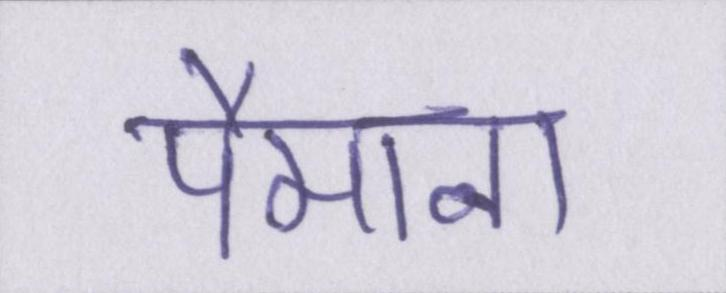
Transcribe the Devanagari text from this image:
पैमाना